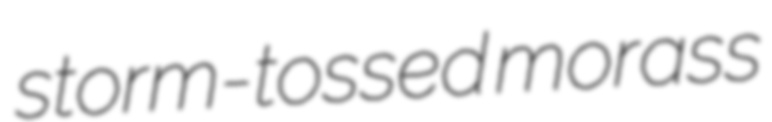
storm-tossed morass